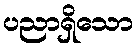
ပညာရှိသော